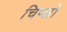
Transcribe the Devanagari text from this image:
चिप्लो